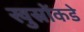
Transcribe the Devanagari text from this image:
खुस्रोंकडे